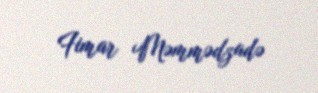
Fimar Məmmədzadə